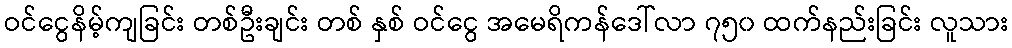
ဝင်ငွေနိမ့်ကျခြင်း တစ်ဦးချင်း တစ် နှစ် ဝင်ငွေ အမေရိကန်ဒေါ်လာ ၇၅၀ ထက်နည်းခြင်း လူသား